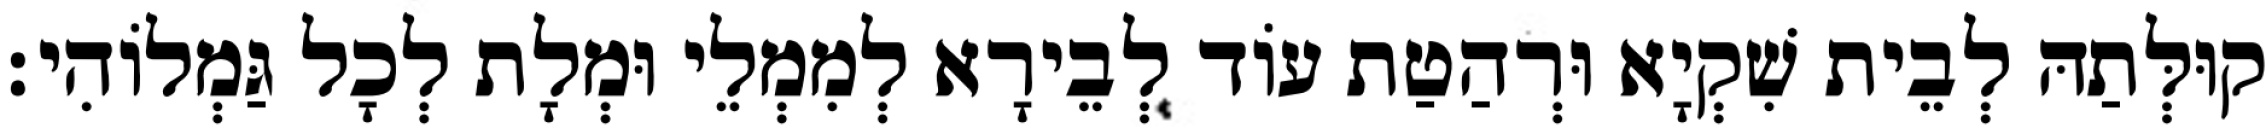
קוּלְּתַהּ לְבֵית שִׁקְיָא וּרְהַטַת עוֹד לְבֵירָא לְמִמְלֵי וּמְלָת לְכָל גַּמְלוֹהִי׃